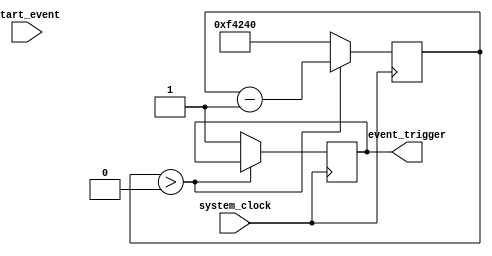
module timing_control_and_synchronization (
    input wire system_clock,
    input wire start_event,
    output reg event_trigger
);

reg [31:0] timer_count;

always @(posedge system_clock) begin
    if (start_event) begin
        timer_count <= 32'd1000000; // Set time interval to 1 million cycles
    end
    
    if (timer_count > 0) begin
        timer_count <= timer_count - 1;
    end else begin
        event_trigger <= 1; // Generate event trigger
        timer_count <= 32'd1000000; // Reset timer
    end
end

endmodule